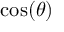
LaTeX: \cos ( \theta )